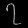
Digit: ၇